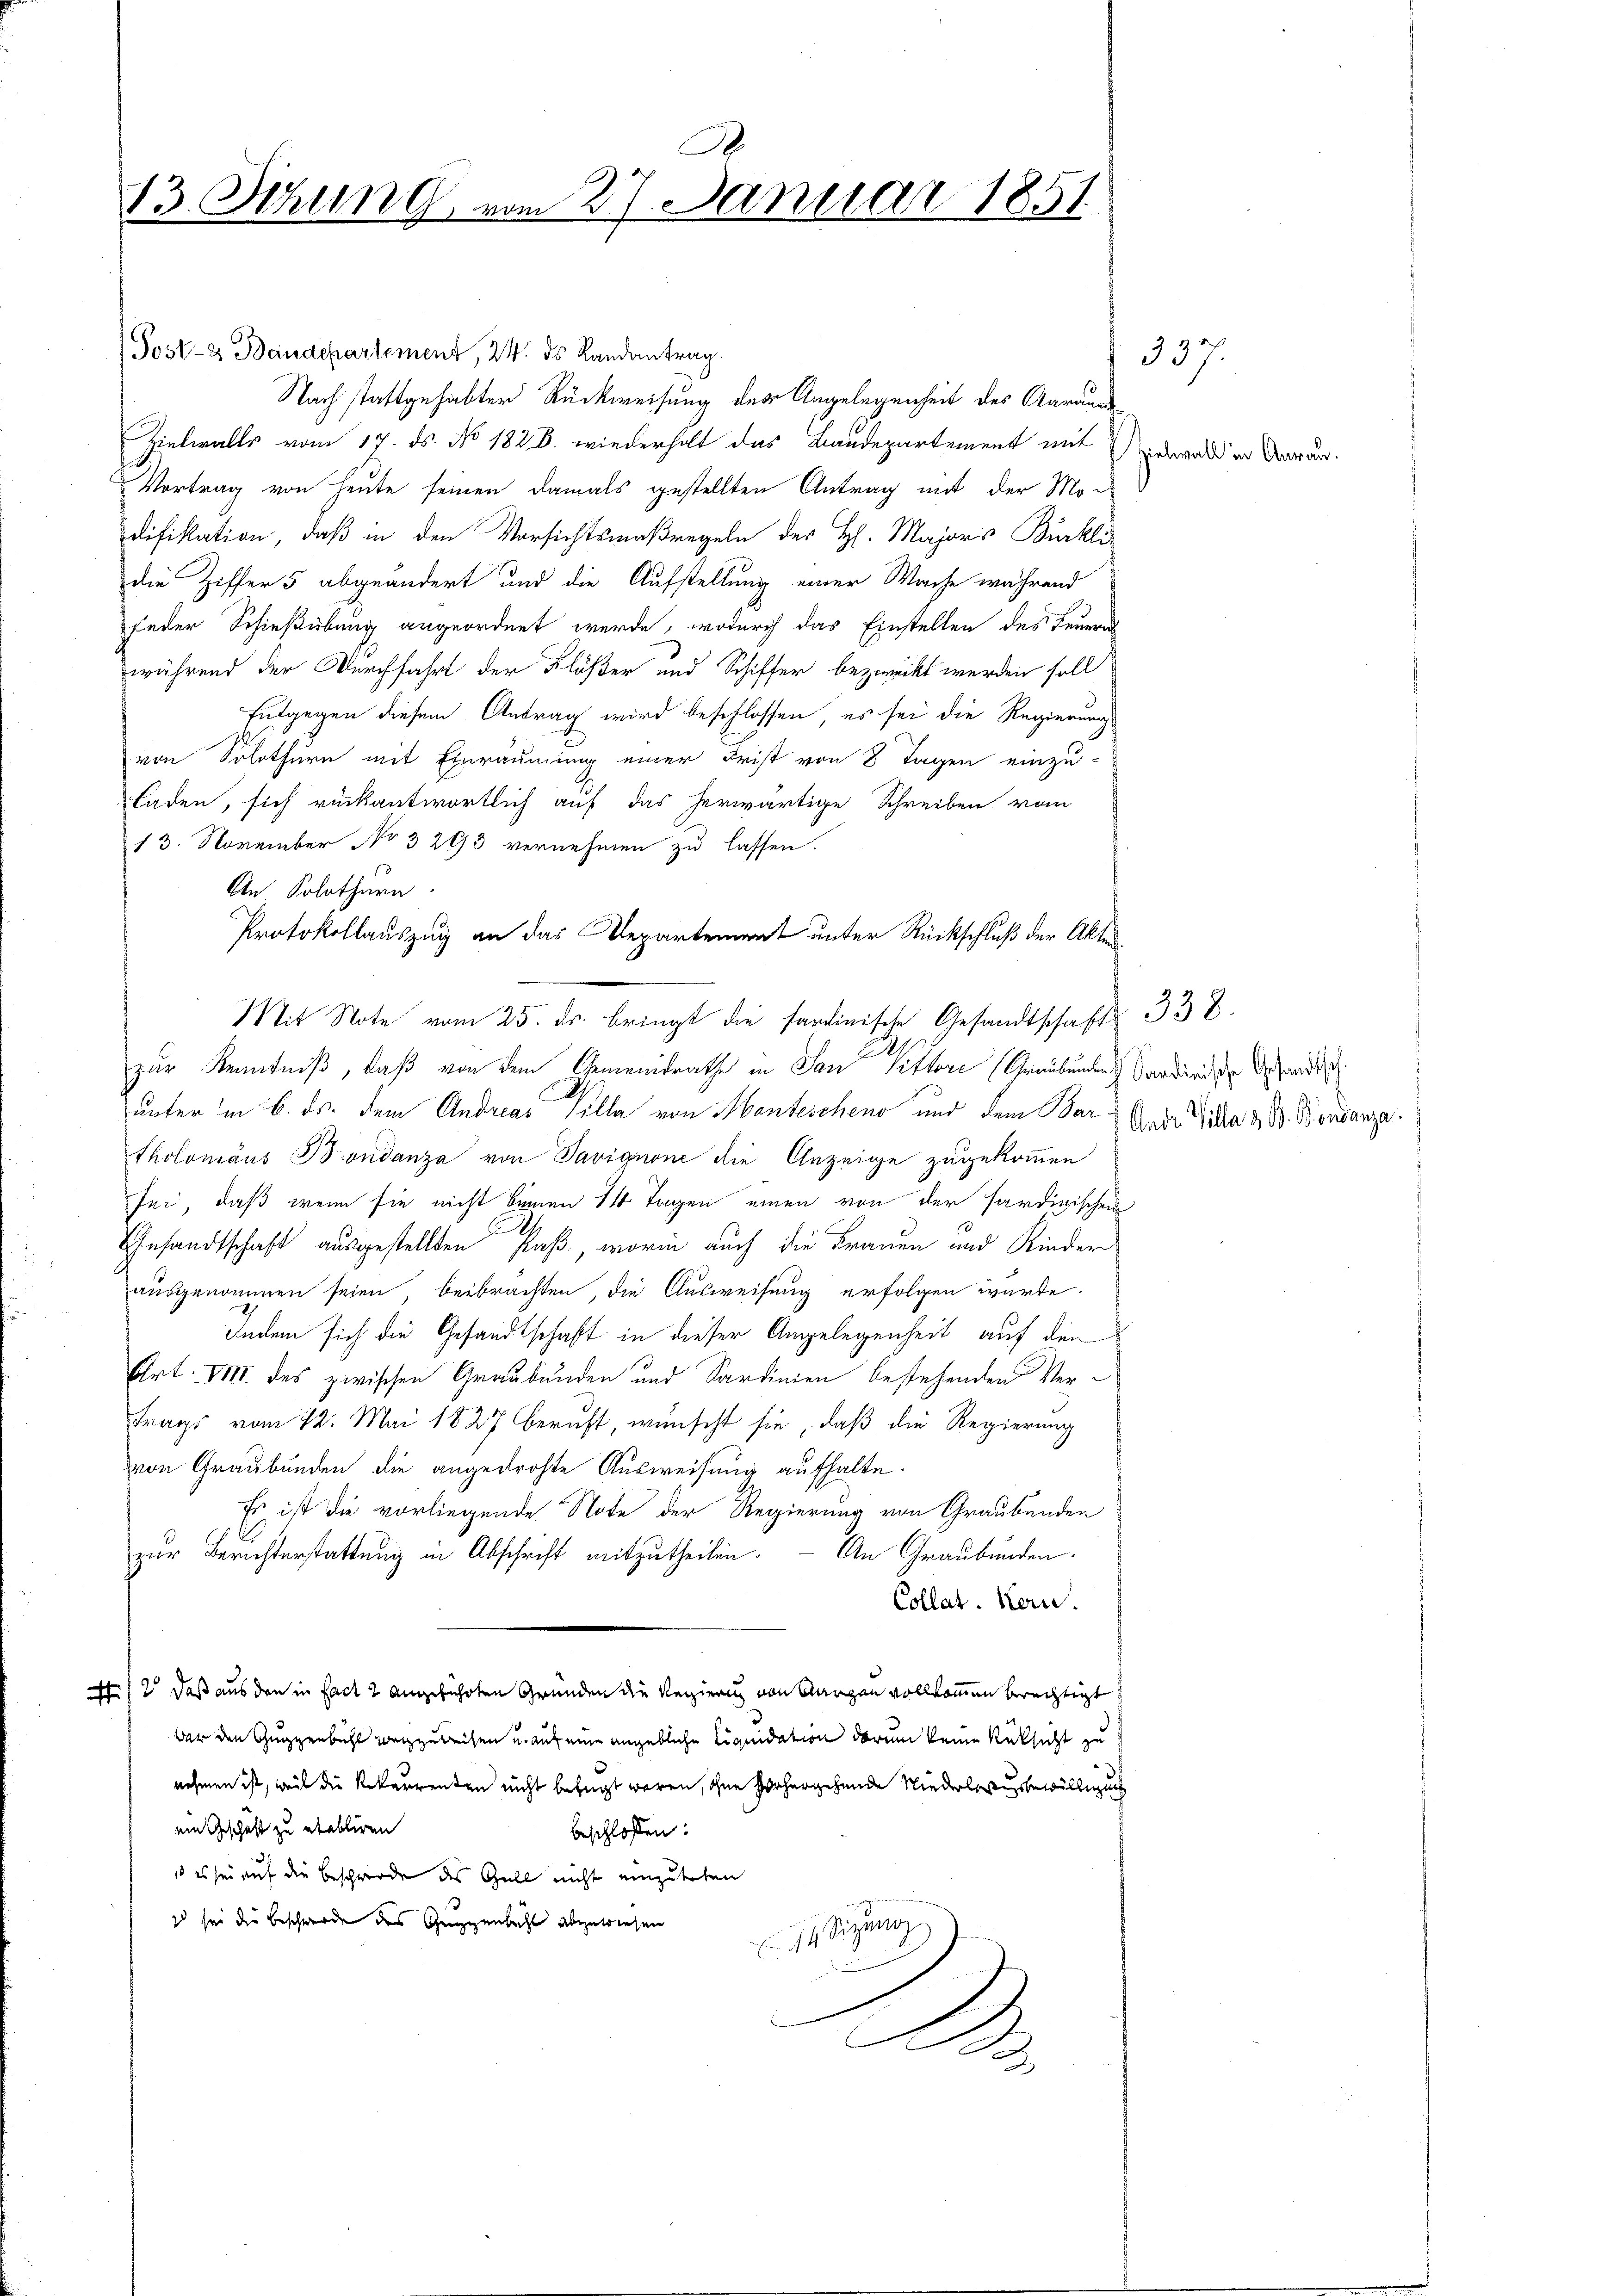
R
13. Sitzung vom 27. Januar 1851.

Post- & Baudepartement, 24. ds Landantrag.
Nach stattgehabter Rückweisung der Angelegenheit des Aarau
Zielwalts vom 17. ds. No. 1828. wiederholt das Baudepartement mit erwald in Verur¬
Vortrag von Heute seinen damals gestellten Antrag mit der Mo-
difikation, daß in den Vorsichtsmaßregeln der H. Majors Bürkli
die Ziffer 5 abgeändert und die Aufstellung einer Wache während
jeder Schießübung angeordnet werde, wodurch das Einstellen des Feuern
während der Durchfahrt der Klößer und Schiffer bezweckt werden soll
Entgegen diesem Antrag wird beschlossen, es sei die Regierungs
von Solothurn mit Einräumung einer Frist von 8 Tagen einzu-
laden, sich rückantwortlich auf das herwärtige Schreiben vom
13. November No 3293 vernehmen zu lassen.
An Solothurn
Protokollauszug an das Departement unter Rückschluß der Akten¬
Mit Note vom 25. ds. bringt die sardinische Gesandtschaft 338.
zur Kenntniß, daß von dem Gemeindrathe in San Pittore (Graubünden Sardind die Gesandts
unter in 6. ds. dem Andreas Sella von Monteschen und dem Bar & Ander Vielle & B. Bondanza.
tholomäus Boudanze von Savignon die Anzeige zugekommen
sei, daß wenn sie nicht binnen 14 Tagen einen von der hardigischen
Gesandtschaft ausgestellten Paß, worin auch die Frauen und Kinder
ausgenommen seien, beibrachten, die Ausweisung erfolgen würde.
Indem sich die Gesandtschaft in dieser Angelegenheit auf den
Art. VIII. des zwischen Graubünden und Sardinien bestehenden Vertrags vom 12. Mai 1827 beruft, wünscht sie, daß die Regierung
von Graubünden die angedrohte Ausweisung aufhalte.
Es ist die vorliegende Note der Regierung von Graubünden
zur Berichterstattung in Abschrift mitzutheilen. – An Graubünden
Collat. Kern.
4/2, daß aus den in fact 2 angeführten Gründen die Verzierung von argen vollkommen berechtigt
bar den Guggenbühl wegzuweisen u. auf eine angebliche Liquidation darum keine Rüksicht zu
nehmen ist, weil die Rekurrenten nicht befugt waren, ohne vorhergehende Niederlese bewilligung
ein Geschäft zu etabliren
beschlossen:
 es sei auf die Beschwerde des Gull nicht einzutreten
so sei die Beschwerde des Guggenbacht abgewiesen
Sitzung
B

337.